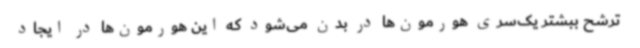
ترشح ببشتر یک‌سری هورمون‌ها در بدن می‌شود که این هورمون‌ها در ایجاد